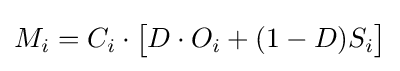
M_{i}=C_{i}\cdot {\big [}D\cdot O_{i}+(1-D)S_{i}{\big ]}